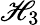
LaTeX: \mathscr{H}_{3}